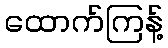
ထောက်ကြန့်